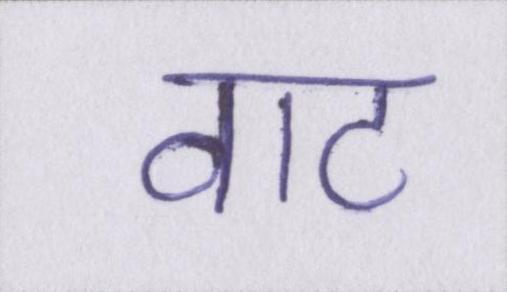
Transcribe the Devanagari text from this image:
वाट